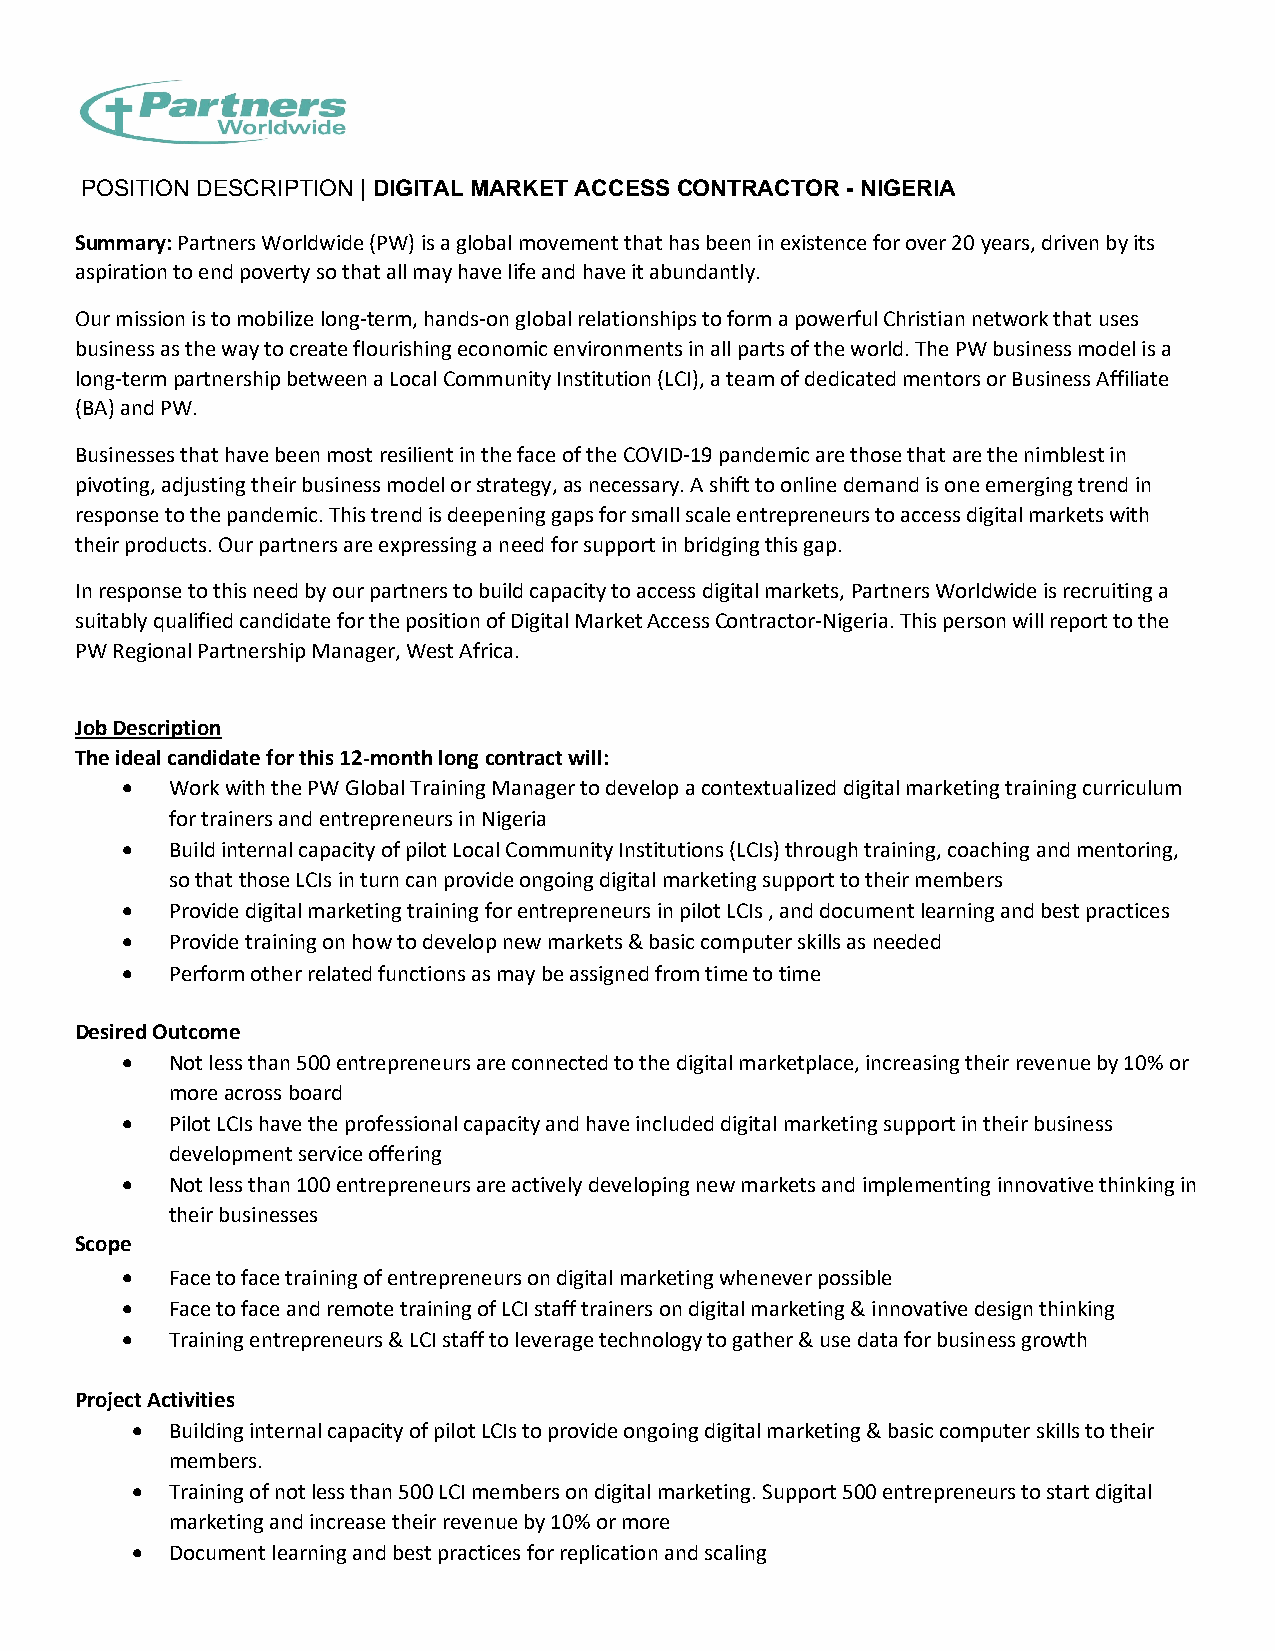
POSITION DESCRIPTION | DIGITAL MARKET ACCESS CONTRACTOR - NIGERIA
 Summary: Partners Worldwide (PW) is a global movement that has been in existence for over 20 years, driven by its
 aspiration to end poverty so that all may have life and have it abundantly.
 Our mission is to mobilize long-term, hands-on global relationships to form a powerful Christian network that uses
 business as the way to create flourishing economic environments in all parts of the world. The PW business model is a
 long-term partnership between a Local Community Institution (LCI), a team of dedicated mentors or Business Affiliate
 (BA) and PW.
 Businesses that have been most resilient in the face of the COVID-19 pandemic are those that are the nimblest in
 pivoting, adjusting their business model or strategy, as necessary. A shift to online demand is one emerging trend in
 response to the pandemic. This trend is deepening gaps for small scale entrepreneurs to access digital markets with
 their products. Our partners are expressing a need for support in bridging this gap.
 In response to this need by our partners to build capacity to access digital markets, Partners Worldwide is recruiting a
 suitably qualified candidate for the position of Digital Market Access Contractor-Nigeria. This person will report to the
 PW Regional Partnership Manager, West Africa.
 Job Description
 The ideal candidate for this 12-month long contract will:
 •  Work with the PW Global Training Manager to develop a contextualized digital marketing training curriculum
 for trainers and entrepreneurs in Nigeria
 •  Build internal capacity of pilot Local Community Institutions (LCIs) through training, coaching and mentoring,
 so that those LCIs in turn can provide ongoing digital marketing support to their members
 •  Provide digital marketing training for entrepreneurs in pilot LCIs , and document learning and best practices
 •  Provide training on how to develop new markets & basic computer skills as needed
 •  Perform other related functions as may be assigned from time to time
 Desired Outcome
 •  Not less than 500 entrepreneurs are connected to the digital marketplace, increasing their revenue by 10% or
 more across board
 •  Pilot LCIs have the professional capacity and have included digital marketing support in their business
 development service offering
 •  Not less than 100 entrepreneurs are actively developing new markets and implementing innovative thinking in
 their businesses
 Scope
 •  Face to face training of entrepreneurs on digital marketing whenever possible
 •  Face to face and remote training of LCI staff trainers on digital marketing & innovative design thinking
 •  Training entrepreneurs & LCI staff to leverage technology to gather & use data for business growth
 Project Activities
 • Building internal capacity of pilot LCIs to provide ongoing digital marketing & basic computer skills to their
 members.
 • Training of not less than 500 LCI members on digital marketing. Support 500 entrepreneurs to start digital
 marketing and increase their revenue by 10% or more
 • Document learning and best practices for replication and scaling